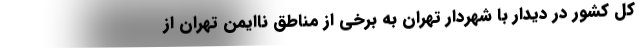
کل کشور در دیدار با شهردار تهران به برخی از مناطق ناایمن تهران از